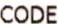
CODE